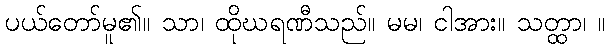
ပယ်တော်မူ၏။ သာ၊ ထိုဃရဏီသည်။ မမ၊ ငါအား။ သတ္ထာ၊ ။